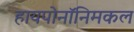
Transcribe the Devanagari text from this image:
हायपोनॉनिमकल